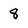
Character: 8